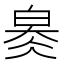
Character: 𤽬